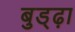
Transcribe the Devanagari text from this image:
बुड्ढ़ा